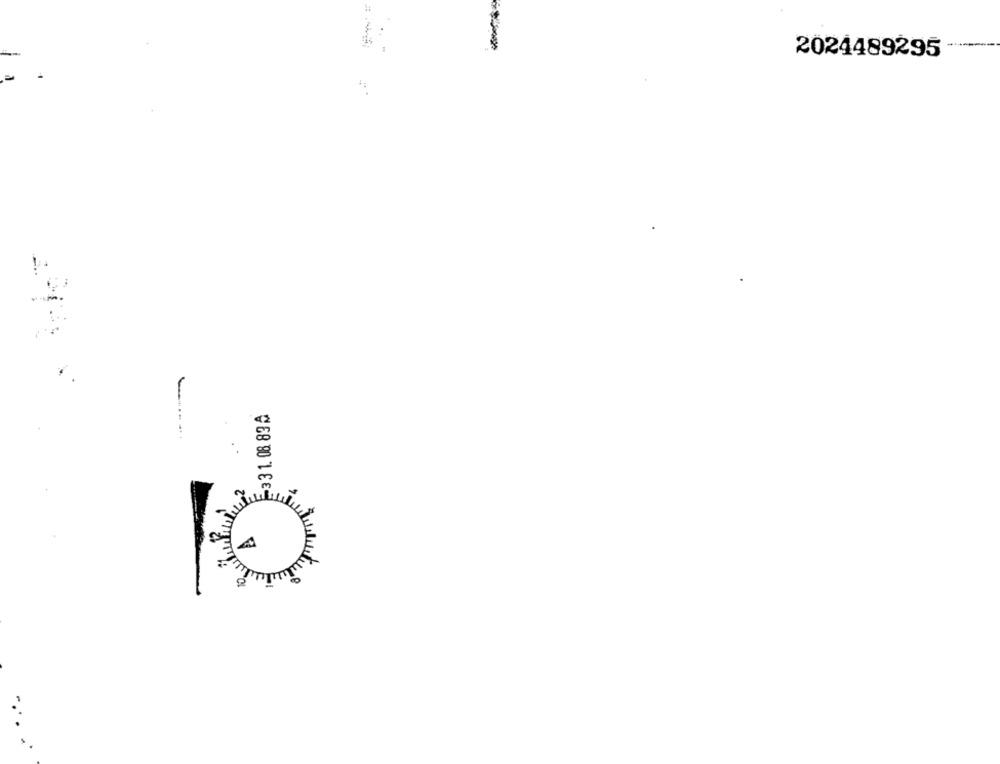
2024489295
331. 08 83A